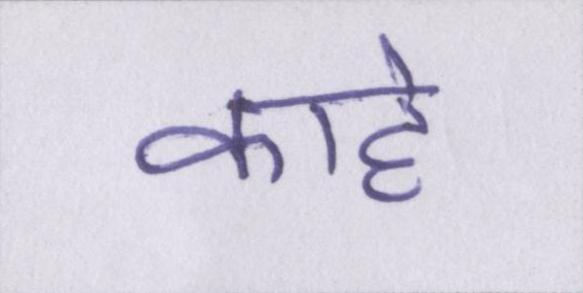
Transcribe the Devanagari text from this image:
काहे